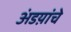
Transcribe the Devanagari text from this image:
अंडय़ांचे